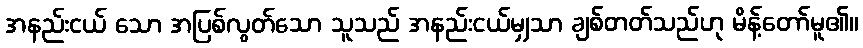
အနည်းငယ် သော အပြစ်လွတ်သော သူသည် အနည်းငယ်မျှသာ ချစ်တတ်သည်ဟု မိန့်တော်မူ၏။